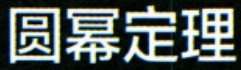
圆幂定理